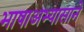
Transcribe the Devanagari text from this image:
भाषाअभ्यासाने